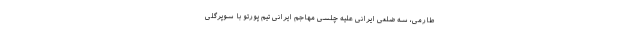
طارمی، سه ضلعی ایرانی علیه چلسی مهاجم ایرانی تیم پورتو با سوپرگلی